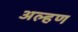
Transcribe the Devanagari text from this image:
अल्हण